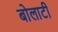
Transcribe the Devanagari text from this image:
बोलाटी